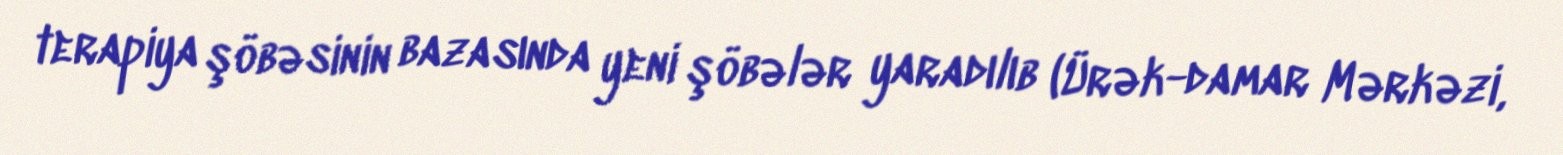
terapiya şöbəsinin bazasında yeni şöbələr yaradılıb (Ürək-damar Mərkəzi,